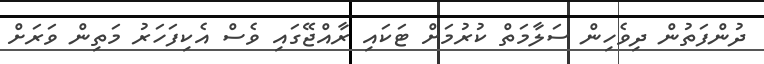
ދުންފަތުން ދިވެހިން ސަލާމަތް ކުރުމަށް ޓަކައި ރާއްޖޭގައި ވެސް އެކިފަހަރު މަތިން ވަރަށް